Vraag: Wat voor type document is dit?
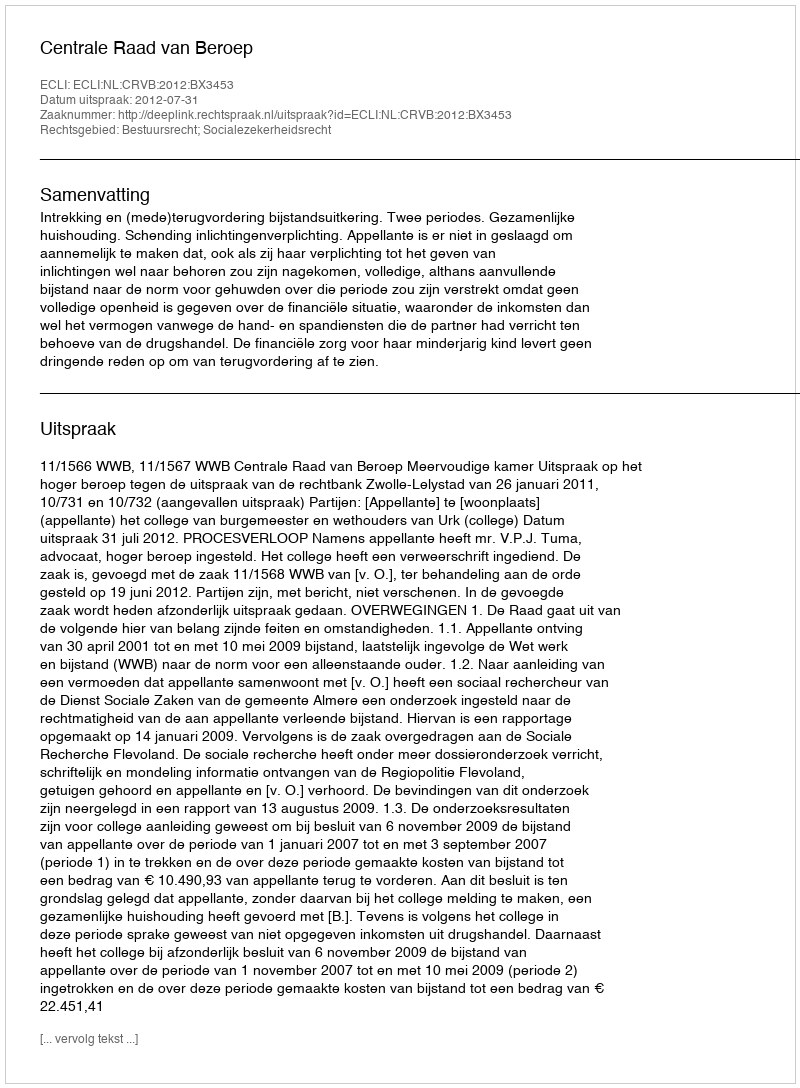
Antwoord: Uitspraak